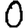
Digit: 0